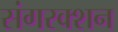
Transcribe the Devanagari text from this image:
संगरक्शन